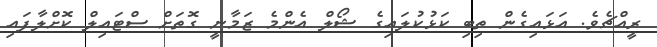
ރީއްޗެވެ. އަޅައިގެން ތިބި ކަޅުކުލައިގެ ޝޯލް އެންމެ ޒަމާނީ ގޮތަށް ސްޓައިލް ކޮށްލާފައި